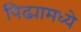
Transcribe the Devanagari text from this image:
पिढ्यामध्ये